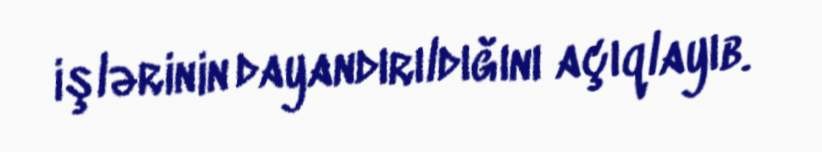
işlərinin dayandırıldığını açıqlayıb.